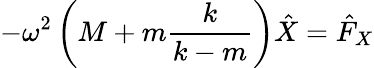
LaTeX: -\omega^{2}\left(M+m\frac{k}{k-m}\right)\hat{X}=\hat{F}_{X}